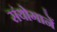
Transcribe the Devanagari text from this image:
संयोगानें